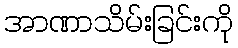
အာဏာသိမ်းခြင်းကို